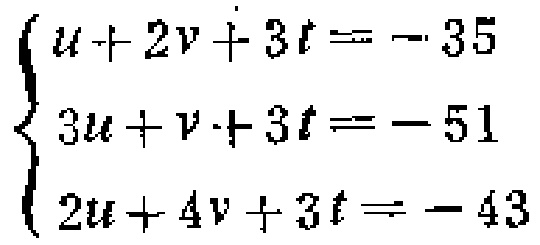
$\begin{cases}u + 2v+3t=-35\\3u + v+3t=-51\\2u + 4v+3t=-43\end{cases}$